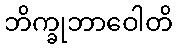
ဘိက္ခုဘာဝေါတိ